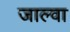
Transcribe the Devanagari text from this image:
जाल्वा